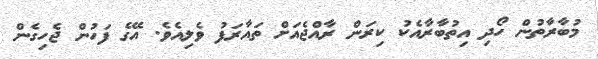
މުބާރާތުން ހޯދި އިތުބާރާއެކު ކިރަން ރާއްޖެއަށް ތައާރަފު ވެލިއެވެ. އޭގެ ފަހުން ޖެހިގެން